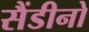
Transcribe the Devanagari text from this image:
सैंडीनो